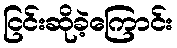
ငြင်းဆိုခဲ့ကြောင်း